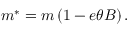
m ^ { * } = m \left( 1 - e \theta B \right) .